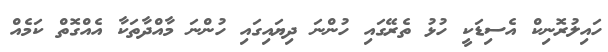
ހައިލުރޮނިކް އެސިޑަކީ ހުޅު ތެރޭގައި ހުންނަ ދިޔައިގައި ހުންނަ މާއްދާތަކާ އެއްގޮތް ކަމެއް